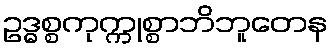
ဥဒ္ဓစ္စကုက္ကုစ္စာဘိဘူတေန